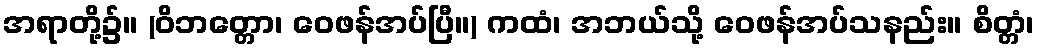
အရာတို့၌။ (ဝိဘတ္တော၊ ဝေဖန်အပ်ပြီ။) ကထံ၊ အဘယ်သို့ ဝေဖန်အပ်သနည်း။ စိတ္တံ၊